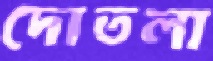
দোতলা